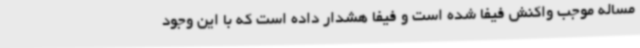
مساله موجب واکنش فیفا شده است و فیفا هشدار داده است که با این وجود